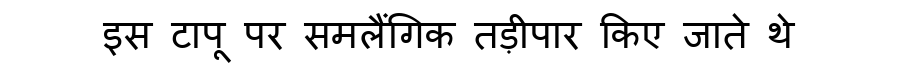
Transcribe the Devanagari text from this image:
इस टापू पर समलैंगिक तड़ीपार किए जाते थे